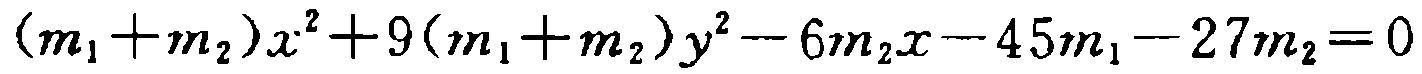
\((m_{1}+m_{2})x^{2}+9(m_{1}+m_{2})y^{2}-6m_{2}x - 45m_{1}-27m_{2}=0\)